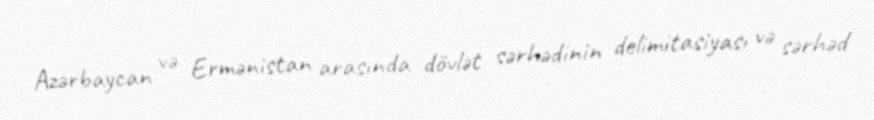
Azərbaycan və Ermənistan arasında dövlət sərhədinin delimitasiyası və sərhəd